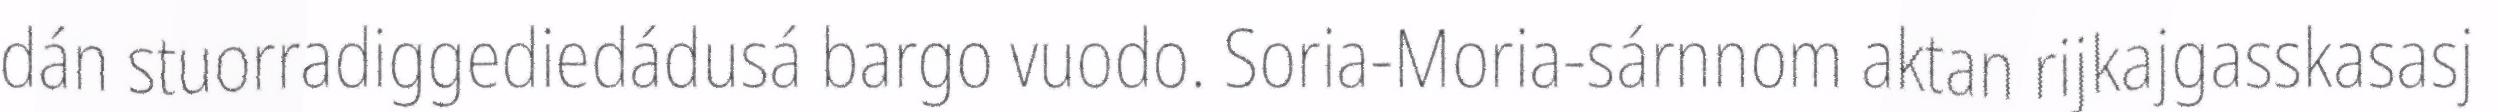
dán stuorradiggediedádusá bargo vuodo. Soria-Moria-sárnnom aktan rijkajgasskasasj